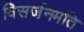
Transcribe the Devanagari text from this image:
विसर्जनमति